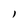
Character: I